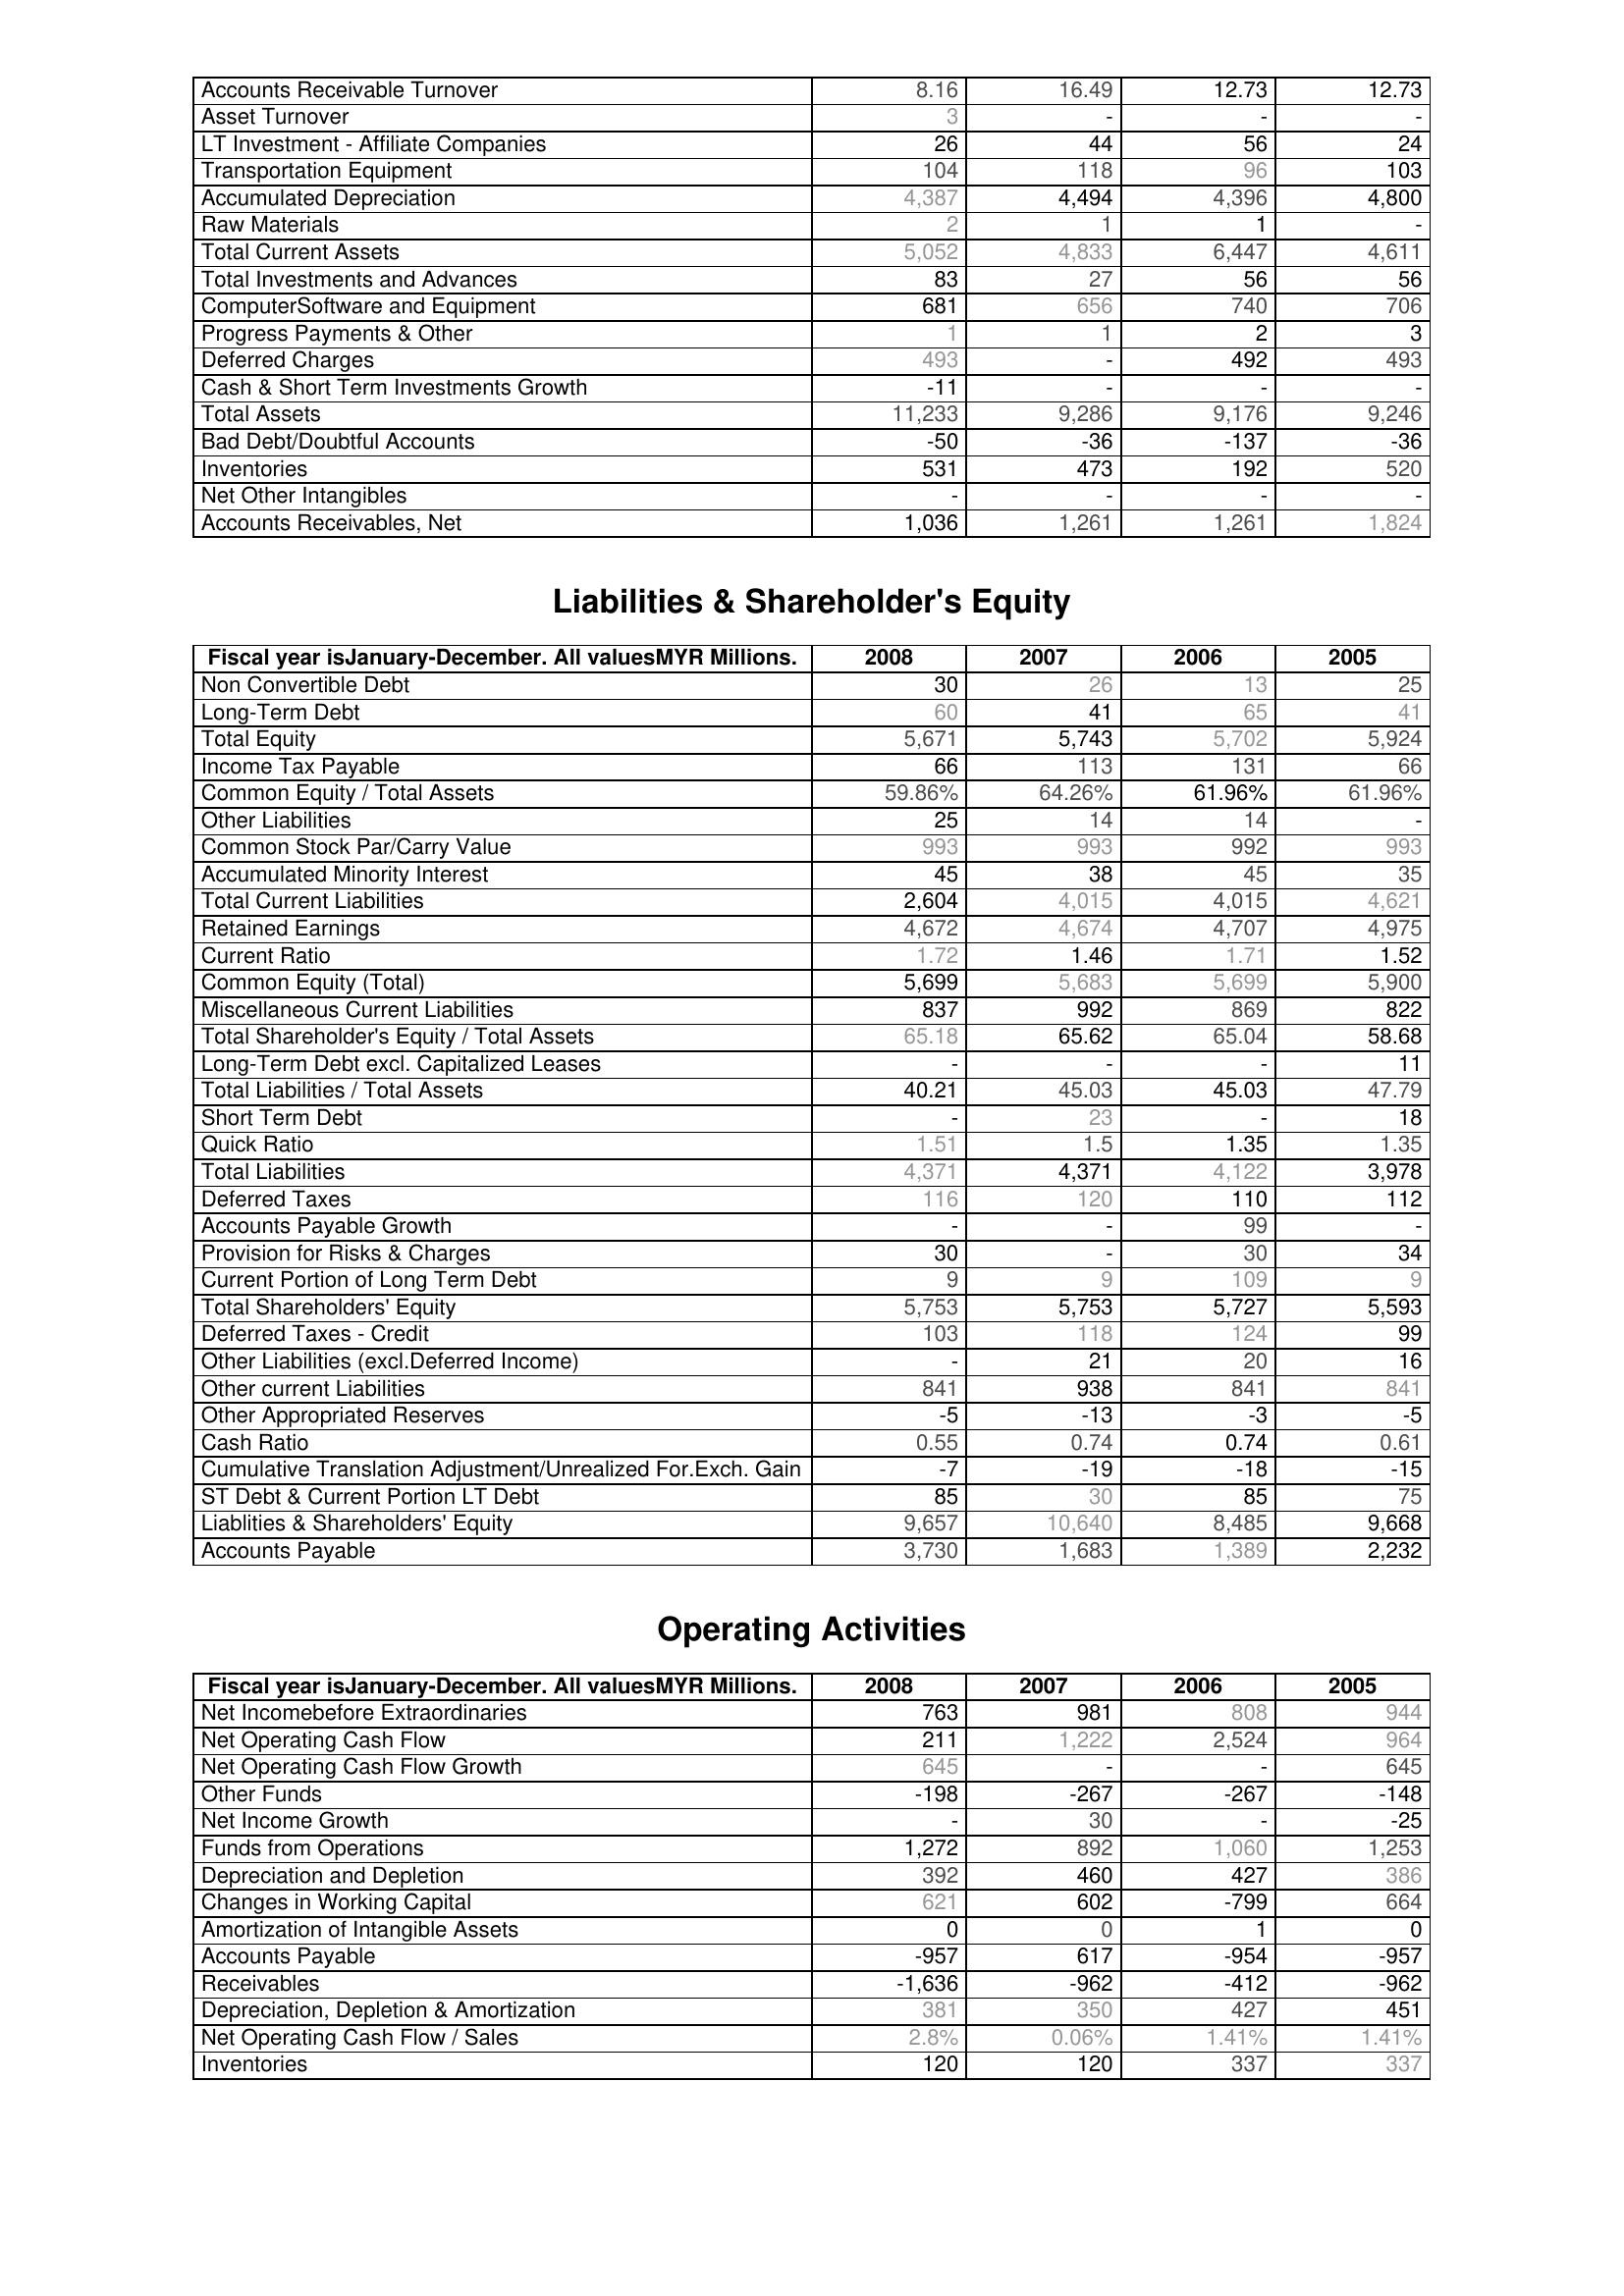
2008: Assets: Accounts Receivable Turnover: 8.16
Asset Turnover: 3
LT Investment - Affiliate Companies: 26
Transportation Equipment: 104
Accumulated Depreciation: 4,387
Raw Materials: 2
Total Current Assets: 5,052
Total Investments and Advances: 83
ComputerSoftware and Equipment: 681
Progress Payments & Other: 1
Deferred Charges: 493
Cash & Short Term Investments Growth: -11
Total Assets: 11,233
Bad Debt/Doubtful Accounts: -50
Inventories: 531
Net Other Intangibles: -
Accounts Receivables, Net: 1,036
Liabilities & Shareholder's Equity: Non Convertible Debt: 30
Long-Term Debt: 60
Total Equity: 5,671
Income Tax Payable: 66
Common Equity / Total Assets: 59.86%
Other Liabilities: 25
Common Stock Par/Carry Value: 993
Accumulated Minority Interest: 45
Total Current Liabilities: 2,604
Retained Earnings: 4,672
Current Ratio: 1.72
Common Equity (Total): 5,699
Miscellaneous Current Liabilities: 837
Total Shareholder's Equity / Total Assets: 65.18
Long-Term Debt excl. Capitalized Leases: -
Total Liabilities / Total Assets: 40.21
Short Term Debt: -
Quick Ratio: 1.51
Total Liabilities: 4,371
Deferred Taxes: 116
Accounts Payable Growth: -
Provision for Risks & Charges: 30
Current Portion of Long Term Debt: 9
Total Shareholders' Equity: 5,753
Deferred Taxes - Credit: 103
Other Liabilities (excl.Deferred Income): -
Other current Liabilities: 841
Other Appropriated Reserves: -5
Cash Ratio: 0.55
Cumulative Translation Adjustment/Unrealized For.Exch. Gain: -7
ST Debt & Current Portion LT Debt: 85
Liablities & Shareholders' Equity: 9,657
Accounts Payable: 3,730
Operating Activities: Net Incomebefore Extraordinaries: 763
Net Operating Cash Flow: 211
Net Operating Cash Flow Growth: 645
Other Funds: -198
Net Income Growth: -
Funds from Operations: 1,272
Depreciation and Depletion: 392
Changes in Working Capital: 621
Amortization of Intangible Assets: 0
Accounts Payable: -957
Receivables: -1,636
Depreciation, Depletion & Amortization: 381
Net Operating Cash Flow / Sales: 2.8%
Inventories: 120
2007: Assets: Accounts Receivable Turnover: 16.49
Asset Turnover: -
LT Investment - Affiliate Companies: 44
Transportation Equipment: 118
Accumulated Depreciation: 4,494
Raw Materials: 1
Total Current Assets: 4,833
Total Investments and Advances: 27
ComputerSoftware and Equipment: 656
Progress Payments & Other: 1
Deferred Charges: -
Cash & Short Term Investments Growth: -
Total Assets: 9,286
Bad Debt/Doubtful Accounts: -36
Inventories: 473
Net Other Intangibles: -
Accounts Receivables, Net: 1,261
Liabilities & Shareholder's Equity: Non Convertible Debt: 26
Long-Term Debt: 41
Total Equity: 5,743
Income Tax Payable: 113
Common Equity / Total Assets: 64.26%
Other Liabilities: 14
Common Stock Par/Carry Value: 993
Accumulated Minority Interest: 38
Total Current Liabilities: 4,015
Retained Earnings: 4,674
Current Ratio: 1.46
Common Equity (Total): 5,683
Miscellaneous Current Liabilities: 992
Total Shareholder's Equity / Total Assets: 65.62
Long-Term Debt excl. Capitalized Leases: -
Total Liabilities / Total Assets: 45.03
Short Term Debt: 23
Quick Ratio: 1.5
Total Liabilities: 4,371
Deferred Taxes: 120
Accounts Payable Growth: -
Provision for Risks & Charges: -
Current Portion of Long Term Debt: 9
Total Shareholders' Equity: 5,753
Deferred Taxes - Credit: 118
Other Liabilities (excl.Deferred Income): 21
Other current Liabilities: 938
Other Appropriated Reserves: -13
Cash Ratio: 0.74
Cumulative Translation Adjustment/Unrealized For.Exch. Gain: -19
ST Debt & Current Portion LT Debt: 30
Liablities & Shareholders' Equity: 10,640
Accounts Payable: 1,683
Operating Activities: Net Incomebefore Extraordinaries: 981
Net Operating Cash Flow: 1,222
Net Operating Cash Flow Growth: -
Other Funds: -267
Net Income Growth: 30
Funds from Operations: 892
Depreciation and Depletion: 460
Changes in Working Capital: 602
Amortization of Intangible Assets: 0
Accounts Payable: 617
Receivables: -962
Depreciation, Depletion & Amortization: 350
Net Operating Cash Flow / Sales: 0.06%
Inventories: 120
2006: Assets: Accounts Receivable Turnover: 12.73
Asset Turnover: -
LT Investment - Affiliate Companies: 56
Transportation Equipment: 96
Accumulated Depreciation: 4,396
Raw Materials: 1
Total Current Assets: 6,447
Total Investments and Advances: 56
ComputerSoftware and Equipment: 740
Progress Payments & Other: 2
Deferred Charges: 492
Cash & Short Term Investments Growth: -
Total Assets: 9,176
Bad Debt/Doubtful Accounts: -137
Inventories: 192
Net Other Intangibles: -
Accounts Receivables, Net: 1,261
Liabilities & Shareholder's Equity: Non Convertible Debt: 13
Long-Term Debt: 65
Total Equity: 5,702
Income Tax Payable: 131
Common Equity / Total Assets: 61.96%
Other Liabilities: 14
Common Stock Par/Carry Value: 992
Accumulated Minority Interest: 45
Total Current Liabilities: 4,015
Retained Earnings: 4,707
Current Ratio: 1.71
Common Equity (Total): 5,699
Miscellaneous Current Liabilities: 869
Total Shareholder's Equity / Total Assets: 65.04
Long-Term Debt excl. Capitalized Leases: -
Total Liabilities / Total Assets: 45.03
Short Term Debt: -
Quick Ratio: 1.35
Total Liabilities: 4,122
Deferred Taxes: 110
Accounts Payable Growth: 99
Provision for Risks & Charges: 30
Current Portion of Long Term Debt: 109
Total Shareholders' Equity: 5,727
Deferred Taxes - Credit: 124
Other Liabilities (excl.Deferred Income): 20
Other current Liabilities: 841
Other Appropriated Reserves: -3
Cash Ratio: 0.74
Cumulative Translation Adjustment/Unrealized For.Exch. Gain: -18
ST Debt & Current Portion LT Debt: 85
Liablities & Shareholders' Equity: 8,485
Accounts Payable: 1,389
Operating Activities: Net Incomebefore Extraordinaries: 808
Net Operating Cash Flow: 2,524
Net Operating Cash Flow Growth: -
Other Funds: -267
Net Income Growth: -
Funds from Operations: 1,060
Depreciation and Depletion: 427
Changes in Working Capital: -799
Amortization of Intangible Assets: 1
Accounts Payable: -954
Receivables: -412
Depreciation, Depletion & Amortization: 427
Net Operating Cash Flow / Sales: 1.41%
Inventories: 337
2005: Assets: Accounts Receivable Turnover: 12.73
Asset Turnover: -
LT Investment - Affiliate Companies: 24
Transportation Equipment: 103
Accumulated Depreciation: 4,800
Raw Materials: -
Total Current Assets: 4,611
Total Investments and Advances: 56
ComputerSoftware and Equipment: 706
Progress Payments & Other: 3
Deferred Charges: 493
Cash & Short Term Investments Growth: -
Total Assets: 9,246
Bad Debt/Doubtful Accounts: -36
Inventories: 520
Net Other Intangibles: -
Accounts Receivables, Net: 1,824
Liabilities & Shareholder's Equity: Non Convertible Debt: 25
Long-Term Debt: 41
Total Equity: 5,924
Income Tax Payable: 66
Common Equity / Total Assets: 61.96%
Other Liabilities: -
Common Stock Par/Carry Value: 993
Accumulated Minority Interest: 35
Total Current Liabilities: 4,621
Retained Earnings: 4,975
Current Ratio: 1.52
Common Equity (Total): 5,900
Miscellaneous Current Liabilities: 822
Total Shareholder's Equity / Total Assets: 58.68
Long-Term Debt excl. Capitalized Leases: 11
Total Liabilities / Total Assets: 47.79
Short Term Debt: 18
Quick Ratio: 1.35
Total Liabilities: 3,978
Deferred Taxes: 112
Accounts Payable Growth: -
Provision for Risks & Charges: 34
Current Portion of Long Term Debt: 9
Total Shareholders' Equity: 5,593
Deferred Taxes - Credit: 99
Other Liabilities (excl.Deferred Income): 16
Other current Liabilities: 841
Other Appropriated Reserves: -5
Cash Ratio: 0.61
Cumulative Translation Adjustment/Unrealized For.Exch. Gain: -15
ST Debt & Current Portion LT Debt: 75
Liablities & Shareholders' Equity: 9,668
Accounts Payable: 2,232
Operating Activities: Net Incomebefore Extraordinaries: 944
Net Operating Cash Flow: 964
Net Operating Cash Flow Growth: 645
Other Funds: -148
Net Income Growth: -25
Funds from Operations: 1,253
Depreciation and Depletion: 386
Changes in Working Capital: 664
Amortization of Intangible Assets: 0
Accounts Payable: -957
Receivables: -962
Depreciation, Depletion & Amortization: 451
Net Operating Cash Flow / Sales: 1.41%
Inventories: 337